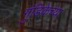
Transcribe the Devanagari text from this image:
गुंडिकेच्या